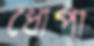
ধোপা